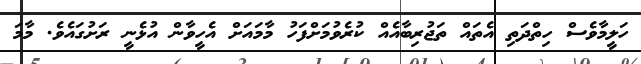
ހަލީމާވެސް ހިތްދަތި އެތައް ތަޖުރިބާއެއް ކުރެވުމަށްފަހު މާމައަށް އެހީވާން އުޅެނީ ރަށުގައެވެ. މާމަ